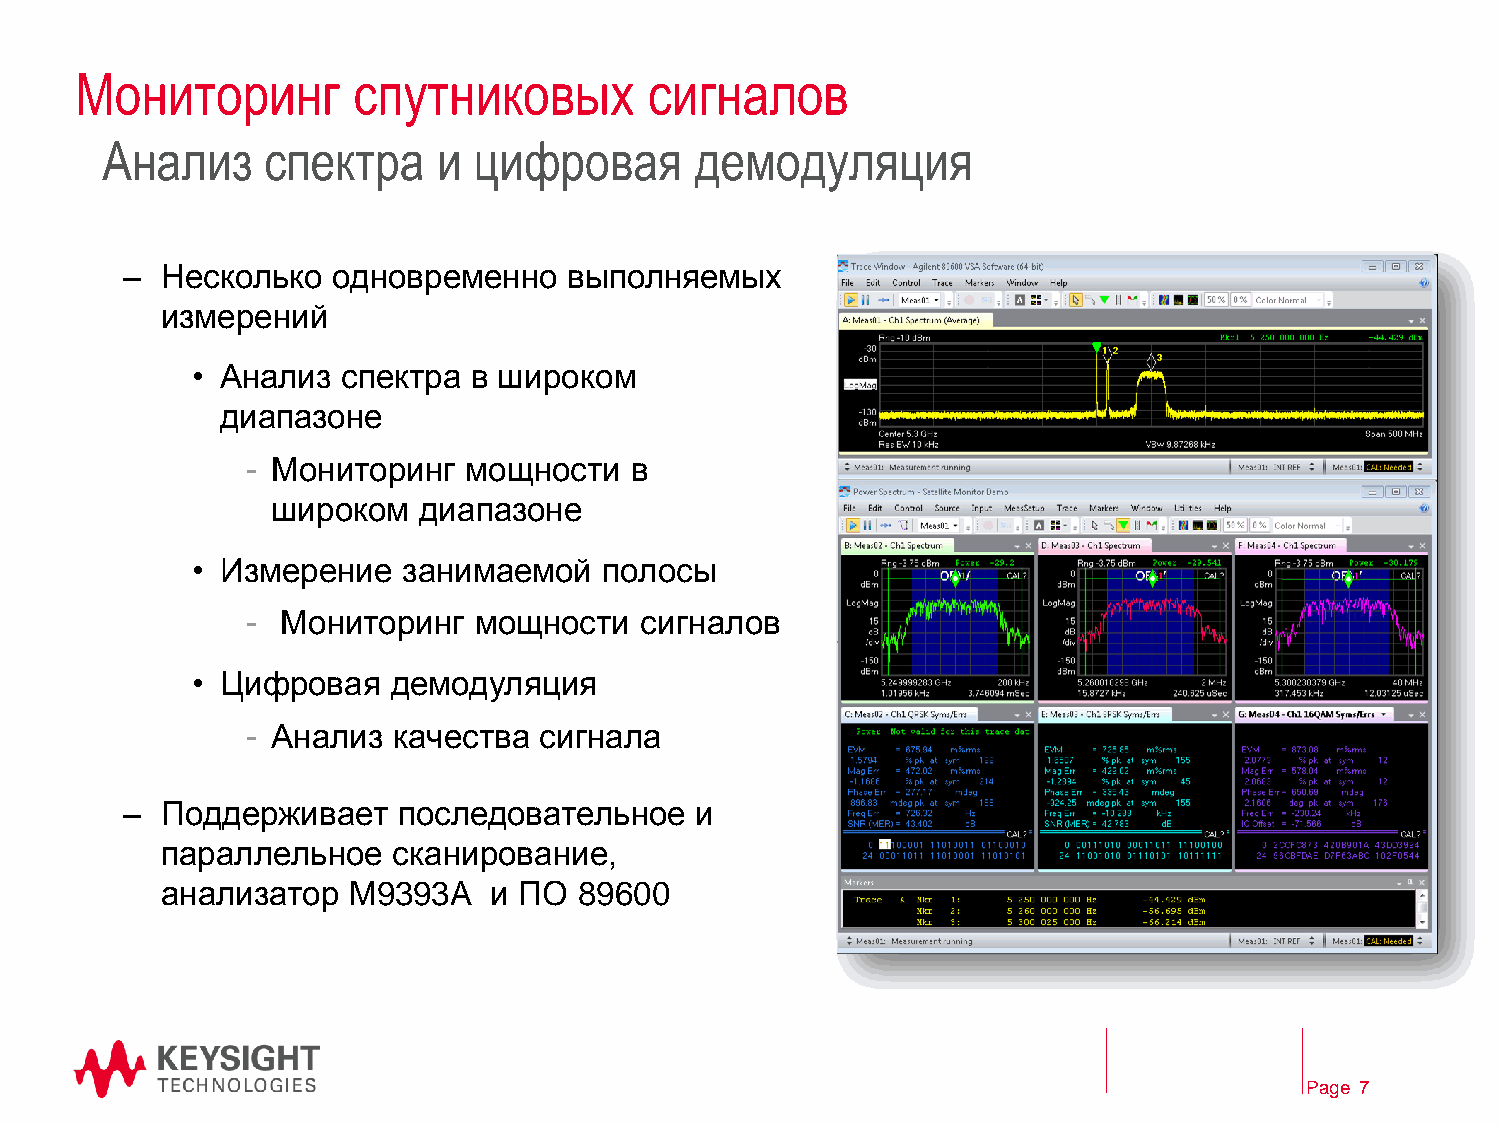
Мониторинг        спутниковых         сигналов
 Анализ    спектра     и цифровая       демодуляция
 –  Несколько  одновременно    выполняемых
 измерений
 • Анализ  спектра в широком
 диапазоне
 - Мониторинг   мощности   в
 широком   диапазоне
 • Измерение   занимаемой   полосы
 -  Мониторинг  мощности   сигналов
 • Цифровая   демодуляция
 - Анализ  качества  сигнала
 –  Поддерживает   последовательное    и
 параллельное   сканирование,
 анализатор  M9393A   и ПО  89600
 Page 7